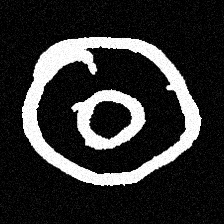
Pyu character \u2014 Myanmar letter: ထ (romanized: tha)